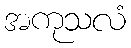
အကုသလံ